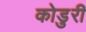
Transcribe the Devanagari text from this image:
कोडुरी